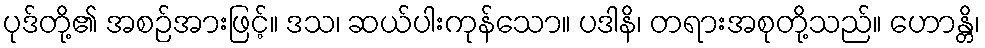
ပုဒ်တို့၏ အစဉ်အားဖြင့်။ ဒသ၊ ဆယ်ပါးကုန်သော။ ပဒါနိ၊ တရားအစုတို့သည်။ ဟောန္တိ၊